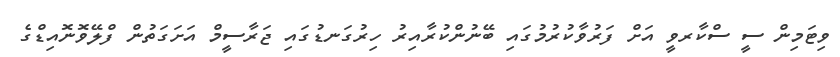
ވިޓަމިން ސީ ސްކާރވީ އަށް ފަރުވާކުރުމުގައި ބޭނުންކުރާއިރު ހިރުގަނޑުގައި ޖަރާސީމް އަށަގަތުން ފްލޭވޮނޮއިޑްގެ